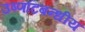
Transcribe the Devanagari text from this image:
उष्णटिबन्धीय